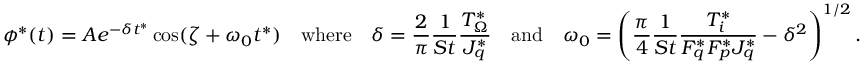
\phi ^ { * } ( t ) = A e ^ { - \delta t ^ { * } } \cos ( \zeta + \omega _ { 0 } t ^ { * } ) \quad \mathrm { w h e r e } \quad \delta = \frac { 2 } { \pi } \frac { 1 } { S t } \frac { T _ { \Omega } ^ { * } } { J _ { q } ^ { * } } \quad \mathrm { a n d } \quad \omega _ { 0 } = \left( \frac { \pi } { 4 } \frac { 1 } { S t } \frac { T _ { i } ^ { * } } { F _ { q } ^ { * } F _ { p } ^ { * } J _ { q } ^ { * } } - \delta ^ { 2 } \right) ^ { 1 / 2 } .